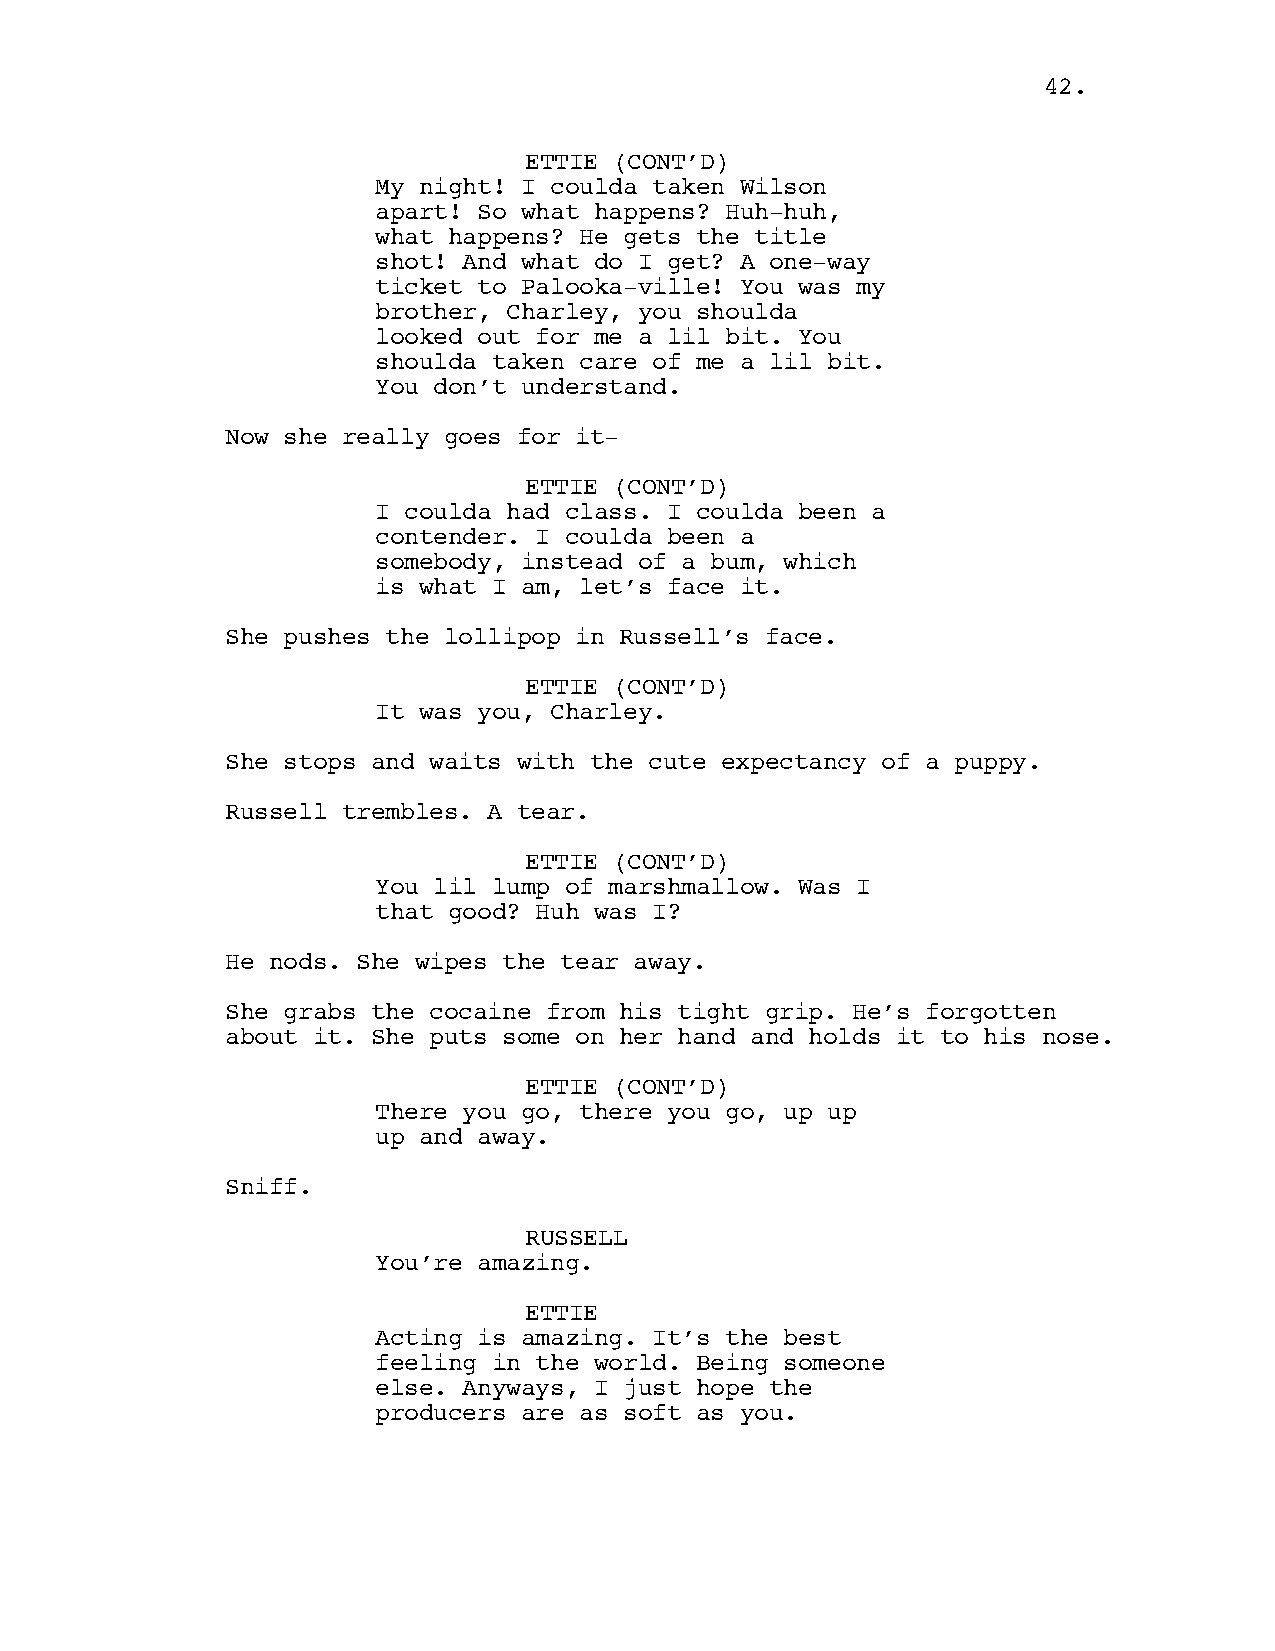
42.
 ETTIE (CONT’D)
 My night! I coulda taken Wilson
 apart! So what happens? Huh-huh,
 what happens? He gets the title
 shot! And what do I get? A one-way
 ticket to Palooka-ville! You was my
 brother, Charley, you shoulda
 looked out for me a lil bit. You
 shoulda taken care of me a lil bit.
 You don’t understand.
 Now she really goes for it-
 ETTIE (CONT’D)
 I coulda had class. I coulda been a
 contender. I coulda been a
 somebody, instead of a bum, which
 is what I am, let’s face it.
 She pushes the lollipop in Russell’s face.
 ETTIE (CONT’D)
 It was you, Charley.
 She stops and waits with the cute expectancy of a puppy.
 Russell trembles. A tear.
 ETTIE (CONT’D)
 You lil lump of marshmallow. Was I
 that good? Huh was I?
 He nods. She wipes the tear away.
 She grabs the cocaine from his tight grip. He’s forgotten
 about it. She puts some on her hand and holds it to his nose.
 ETTIE (CONT’D)
 There you go, there you go, up up
 up and away.
 Sniff.
 RUSSELL
 You’re amazing.
 ETTIE
 Acting is amazing. It’s the best
 feeling in the world. Being someone
 else. Anyways, I just hope the
 producers are as soft as you.